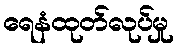
ရေနံထုတ်လုပ်မှု